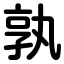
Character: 孰